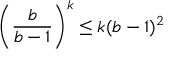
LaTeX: { \left( { \frac { b } { b - 1 } } \right) } ^ { k } \leq k ( b - 1 ) ^ { 2 }